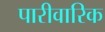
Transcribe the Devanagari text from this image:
पारीवारिक